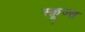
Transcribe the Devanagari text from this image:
स्क्रूज्स